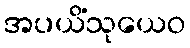
အပယိံသုယေဝ